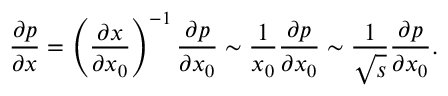
\frac { \partial p } { \partial x } = \left( \frac { \partial x } { \partial x _ { 0 } } \right) ^ { - 1 } \frac { \partial p } { \partial x _ { 0 } } \sim \frac { 1 } { x _ { 0 } } \frac { \partial p } { \partial x _ { 0 } } \sim \frac { 1 } { \sqrt { s } } \frac { \partial p } { \partial x _ { 0 } } .